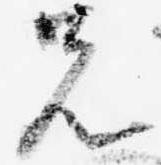
先